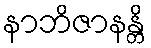
နာဘိဇာနန္တိ